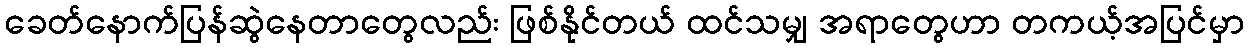
ခေတ်နောက်ပြန်ဆွဲနေတာတွေလည်း ဖြစ်နိုင်တယ် ထင်သမျှ အရာတွေဟာ တကယ့်အပြင်မှာ